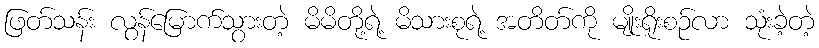
ဖြတ်သန်း လွန်မြောက်သွားတဲ့ မိမိတို့ရဲ့ မိသားစုရဲ့ အတိတ်ကို မျိုးရိုးစဉ်လာ သုံးခဲ့တဲ့